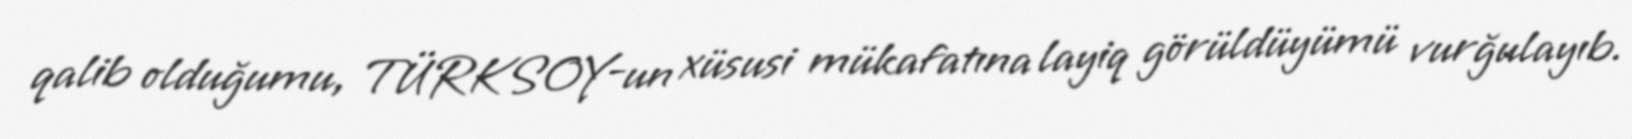
qalib olduğumu, TÜRKSOY-un xüsusi mükafatına layiq görüldüyümü vurğulayıb.